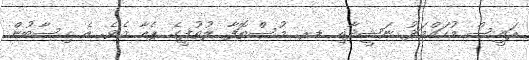
ރައީސް މުހައްމަދު ނަޝީދާއި ޑރ. މުސްތޮފާ ލުތުފީގެ ޕެއާ އެވެ. އެ ހިސާބުން